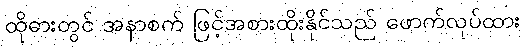
ထိုဓားတွင် အနာစက် ဖြင့်အစားထိုးနိုင်သည် ဖောက်လုပ်ထား